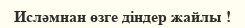
Исләмнан өзге діндер жайлы !